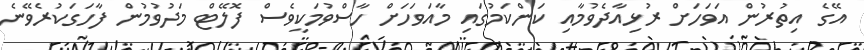
އޭގެ އިތުރުން އަވަހަށް ރުޅިއާދެވުމާއި ކަންކަމުގައި މާއަވަހަށް ހާސްވުމަކީވެސް ފޮލޭޓް މަދުވުމުން ފާހަގަކުރެވޭނެ